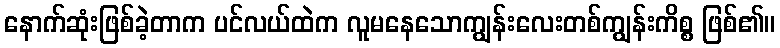
နောက်ဆုံးဖြစ်ခဲ့တာက ပင်လယ်ထဲက လူမနေသောကျွန်းလေးတစ်ကျွန်းကိစ္စ ဖြစ်၏။